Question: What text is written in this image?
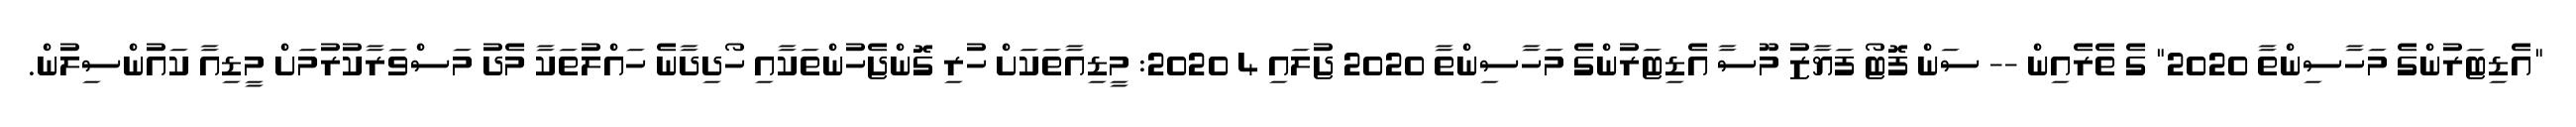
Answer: "އެޑިޓަރުންގެ މަހާސިންތާ 2020" ގެ ތެރެއިން -- ސަން ފޮޓޯ ފަޔާޒު މޫސާ އެޑިޓަރުންގެ މަހާސިންތާ 2020 ޖުލައި 4 2020: މީޑިއާތަކަށް ހުރި ގޮންޖެހުންތަކާއި ހޯދިދާނެ ހައްލުތަކާ މެދު މަސްވަރާކުރުމަށް މީޑިއާ ކައުންސިލުން.